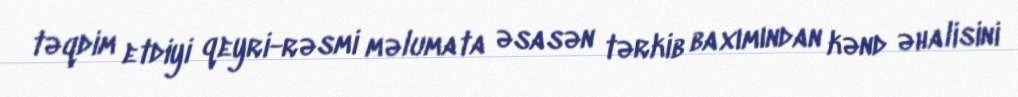
təqdim etdiyi qeyri-rəsmi məlumata əsasən tərkib baxımından kənd əhalisini